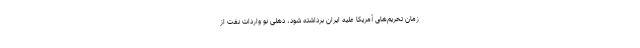
زمان تحریم‌های آمریکا علیه ایران برداشته شود، دهلی نو واردات نفت از